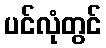
ပင်လုံတွင်